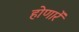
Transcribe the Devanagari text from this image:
होणारें